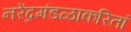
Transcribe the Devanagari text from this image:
नरेंद्रमंडळाकरितां